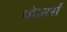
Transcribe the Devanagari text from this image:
पोलर्स